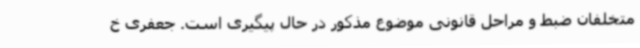
متخلفان ضبط و مراحل قانونی موضوع مذکور در حال پیگیری است. جعفری خ